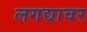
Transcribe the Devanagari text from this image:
लगद्यावर